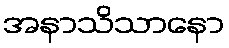
အနာသိသာနော